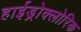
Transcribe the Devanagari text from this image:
हाईड्रोक्लोरिक